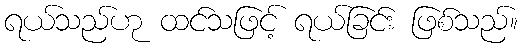
ရယ်သည်ဟု ထင်သဖြင့် ရယ်ခြင်း ဖြစ်သည်။